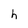
Character: h